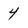
Character: 4